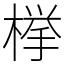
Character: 﨔